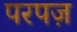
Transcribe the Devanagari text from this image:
परपज़